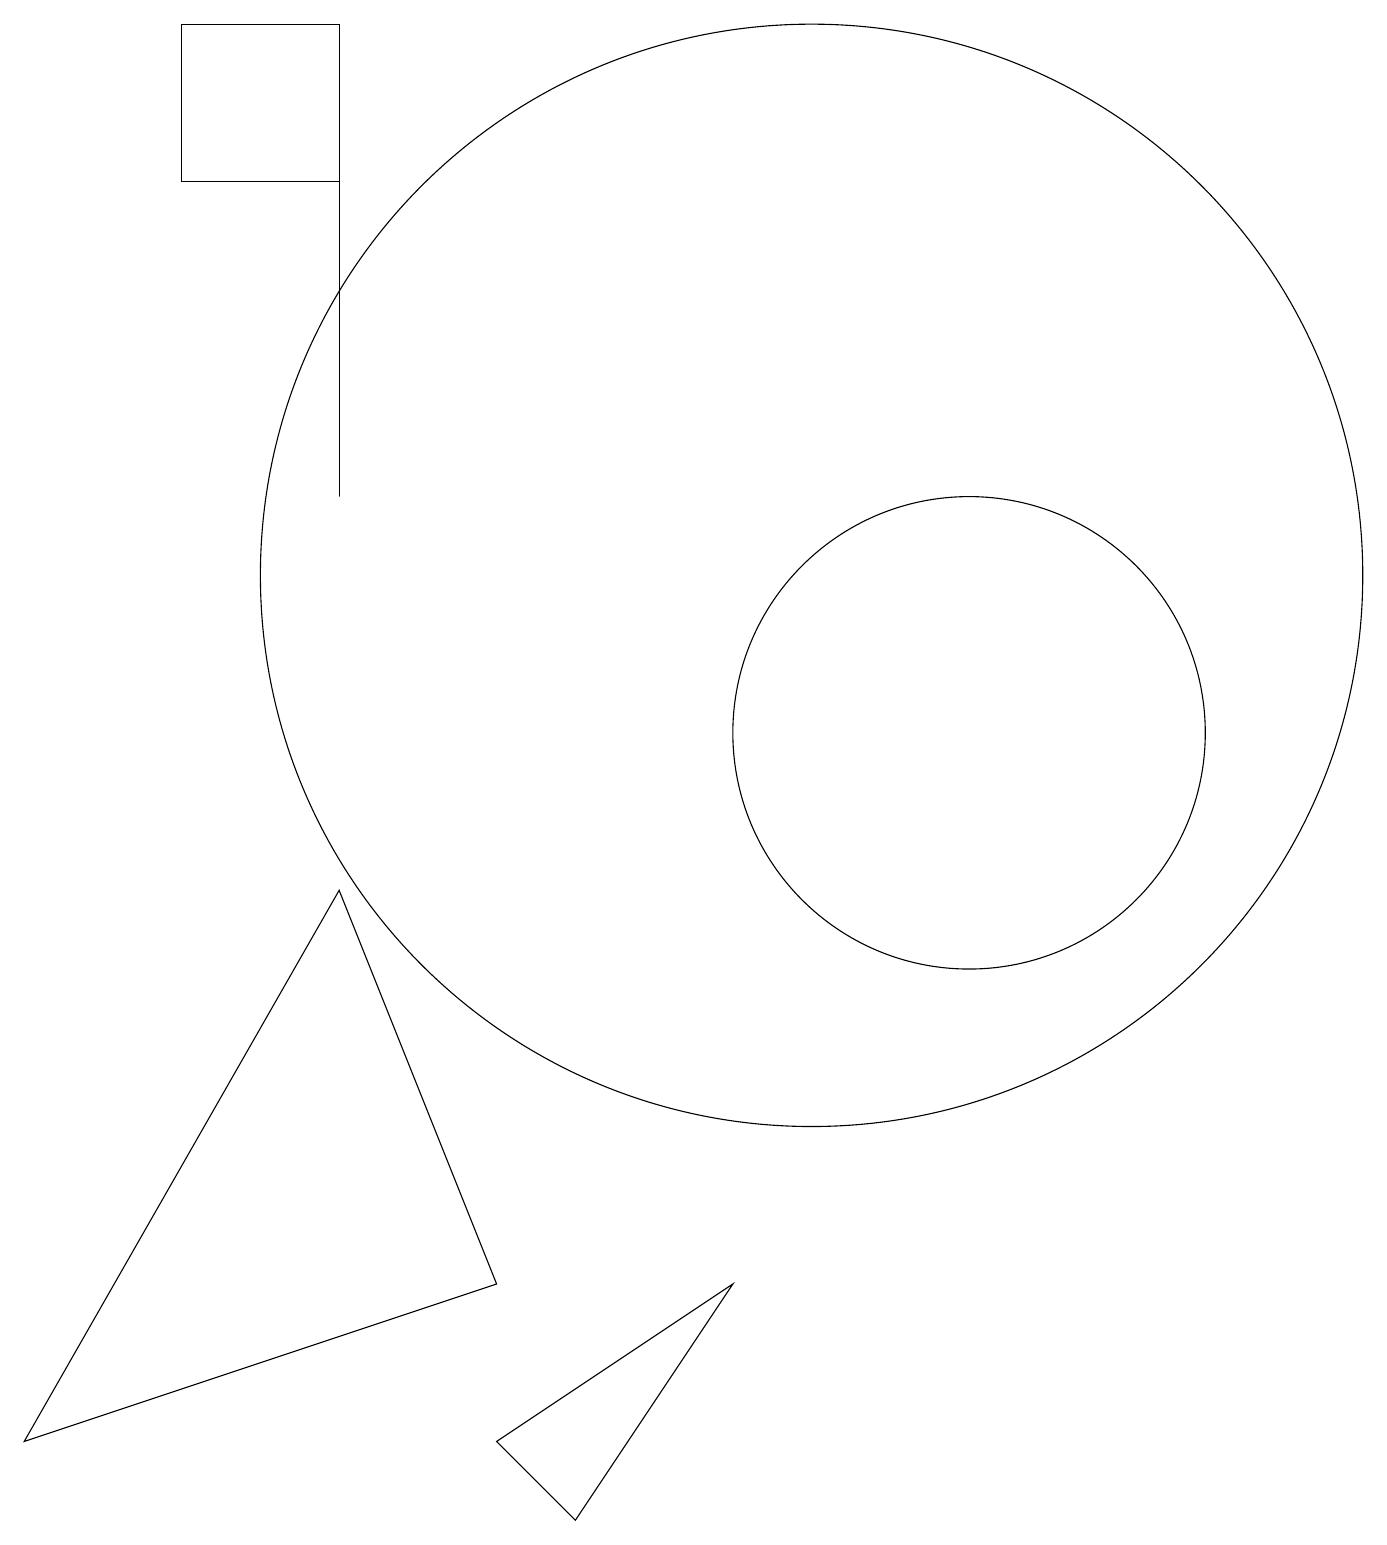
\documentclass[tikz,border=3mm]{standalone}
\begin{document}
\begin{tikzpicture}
\draw (12,10) circle (3);
\draw (4,19) rectangle (2,17);
\draw (10,12) circle (7);
\draw (7,0) -- (9,3) -- (6,1) -- cycle;
\draw (4,13) rectangle (4,17);
\draw (6,3) -- (0,1) -- (4,8) -- cycle;
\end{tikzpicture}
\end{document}